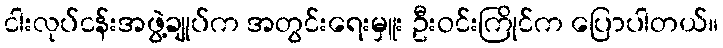
ငါးလုပ်ငန်းအဖွဲ့ချုပ်က အတွင်းရေးမှူး ဦးဝင်းကြိုင်က ပြောပါတယ်။